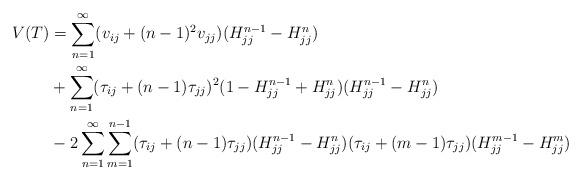
LaTeX: \begin{align*} V(T) &= \sum_{n=1}^{\infty} (v_{ij} + (n-1)^2v_{jj})(H_{jj}^{n-1}-H_{jj}^{n}) \\& + \sum_{n=1}^{\infty} (\tau_{ij} + (n-1)\tau_{jj})^2(1-H_{jj}^{n-1}+H_{jj}^n)(H_{jj}^{n-1}-H_{jj}^{n}) \\&- 2\sum_{n=1}^{\infty} \sum_{m=1}^{n-1} (\tau_{ij} + (n-1)\tau_{jj}) (H_{jj}^{n-1}-H_{jj}^{n} ) (\tau_{ij} + (m-1)\tau_{jj})(H_{jj}^{m-1}-H_{jj}^{m}) \end{align*}